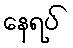
နေရပ်